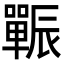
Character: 辴